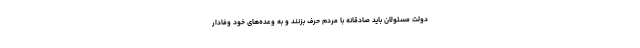
دولت مسئولان باید صادقانه با مردم حرف بزنند و به وعده‌های خود وفادار